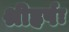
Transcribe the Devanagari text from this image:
श्रीहर्षः